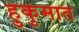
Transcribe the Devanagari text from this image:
हुकुमात